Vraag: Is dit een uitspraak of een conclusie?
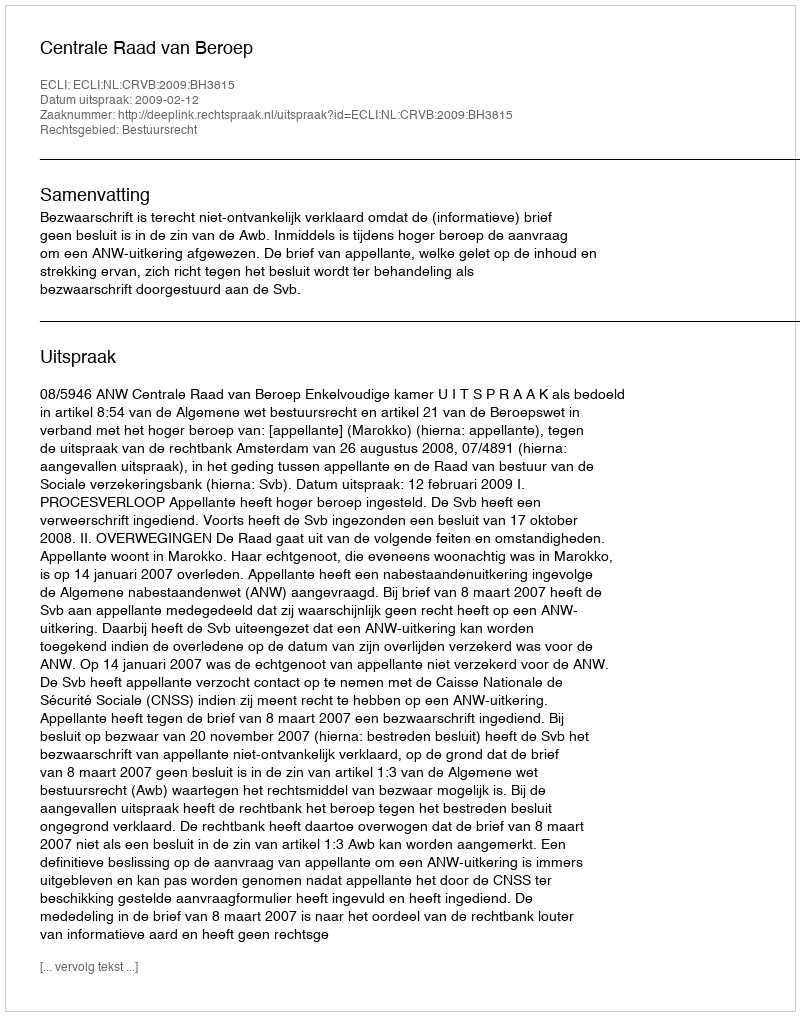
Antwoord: Uitspraak